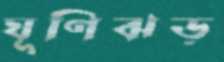
ঘূণিঝড়